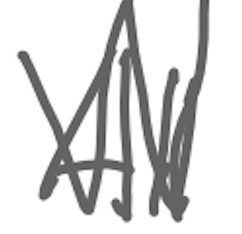
Text: All
Cross-out: zig-zag
Writing tool: digital_gray